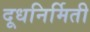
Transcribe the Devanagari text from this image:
दूधनिर्मिती